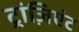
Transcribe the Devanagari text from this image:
ट्रांज़िएंट